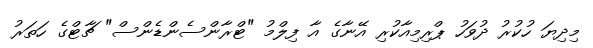
މިދިޔަ ހުކުރު ދުވަހު ޕްރިމިއާކުރި އޭނާގެ އާ ފިލްމު "ޓްރާންސެންޑެންސް" ޗާޓްގެ ހަތަރު